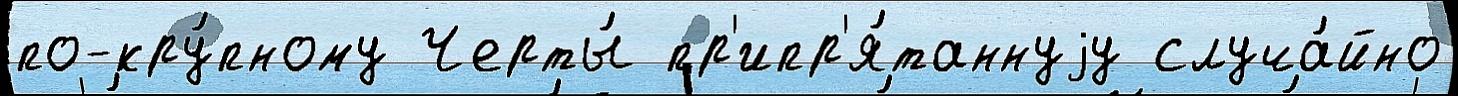
по-кру́пному Черты́ пр'ипр'я́таннуjу случа́йно